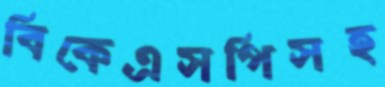
বিকেএসপিসহ